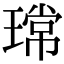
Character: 瑺